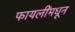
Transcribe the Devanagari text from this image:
फायलींमधून